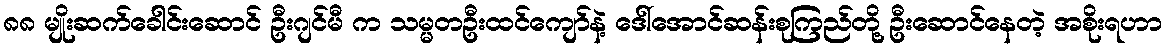
၈၈ မျိုးဆက်ခေါင်းဆောင် ဦးဂျင်မီ က သမ္မတဦးထင်ကျော်နဲ့ ဒေါ်အောင်ဆန်းစုကြည်တို့ ဦးဆောင်နေတဲ့ အစိုးရဟာ